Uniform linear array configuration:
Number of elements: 64
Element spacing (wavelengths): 0.5
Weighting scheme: cosine
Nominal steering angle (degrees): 45
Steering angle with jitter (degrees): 43.399
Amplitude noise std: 0.05
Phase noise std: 0.05

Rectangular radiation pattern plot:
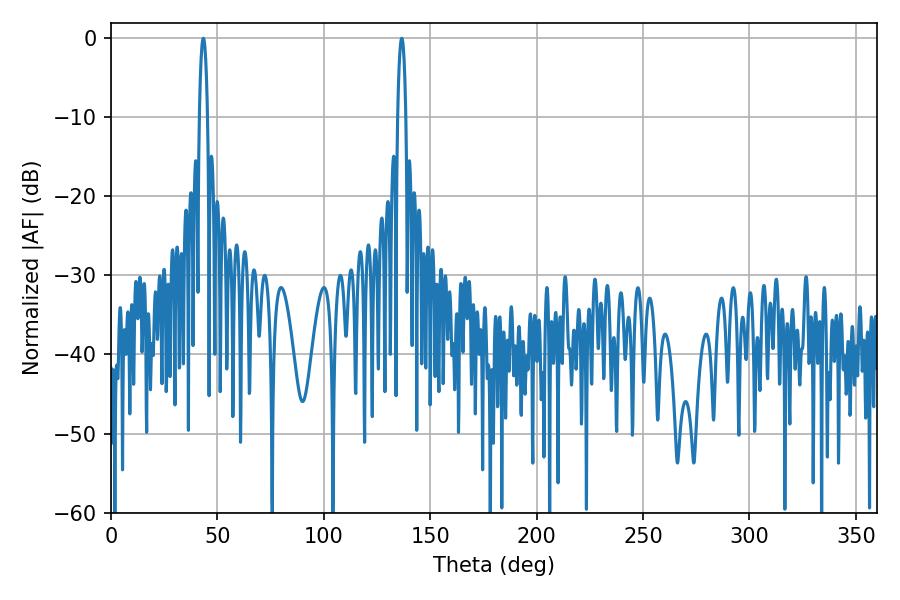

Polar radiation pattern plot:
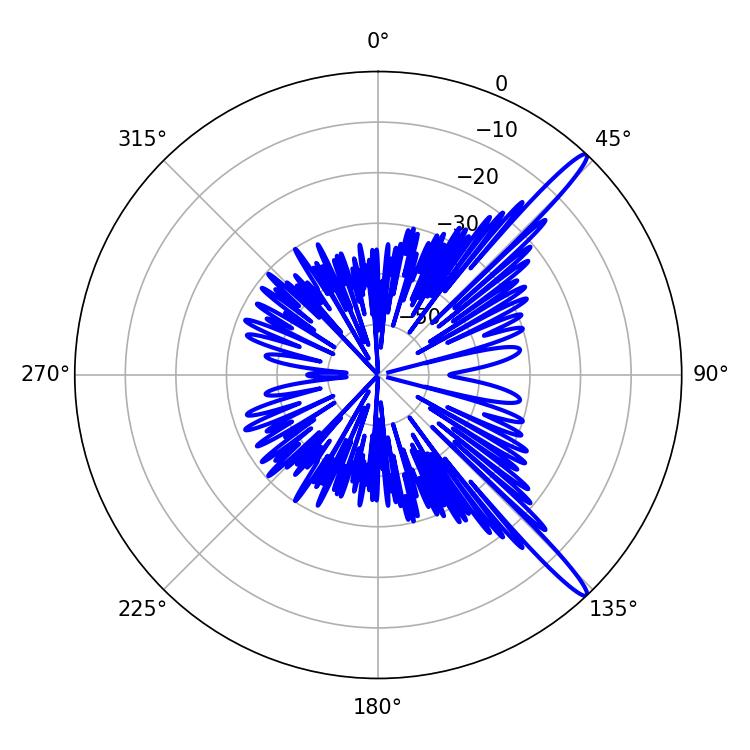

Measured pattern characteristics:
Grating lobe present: FALSE
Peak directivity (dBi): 15.277
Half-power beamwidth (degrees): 2.16
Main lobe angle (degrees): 43.38